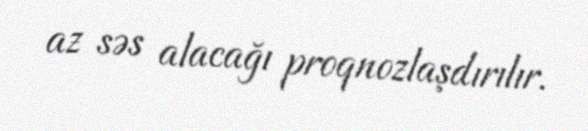
az səs alacağı proqnozlaşdırılır.